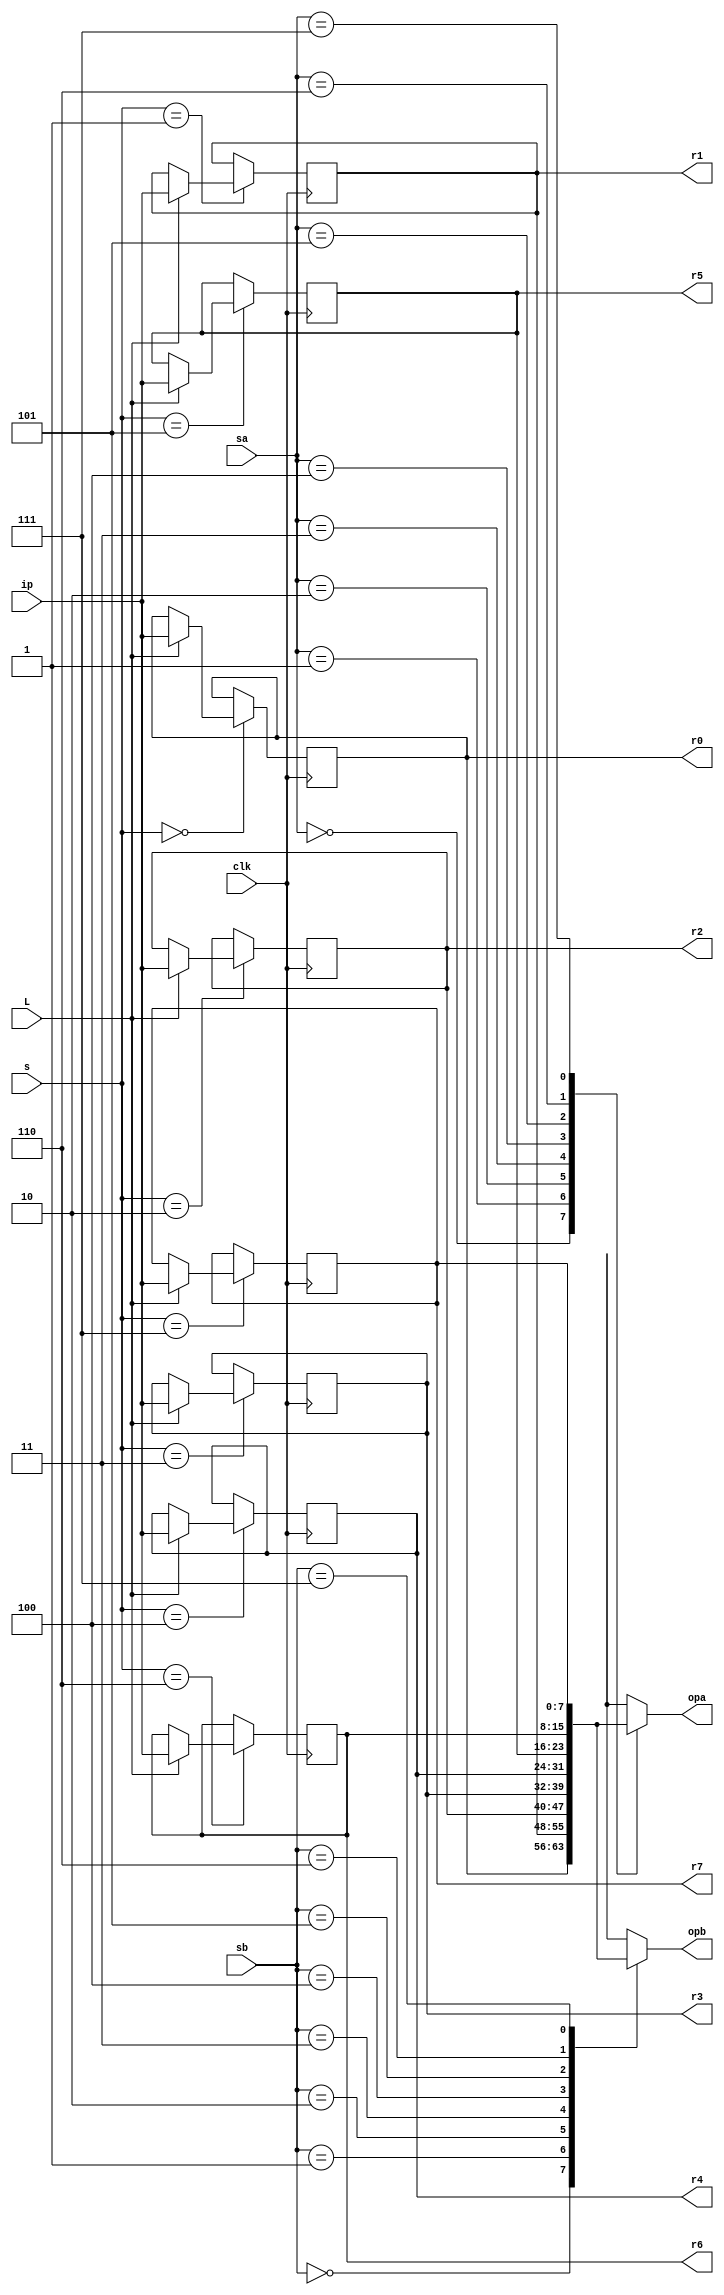
module registfile (ip,L,s,sa,sb,opa,opb,clk,r0,r1,r2,r3,r4,r5,r6,r7);
input L,clk;
input [2:0] s,sa,sb;
input [7:0] ip;
output [7:0] opa,opb;
output reg [7:0] r0,r1,r2,r3,r4,r5,r6,r7;
reg [7:0] opa,opb;
always@(posedge clk)begin
	case(s)
		3'b000:r0<=(L)?ip:r0;
		3'b001:r1<=(L)?ip:r1;
		3'b010:r2<=(L)?ip:r2;
		3'b011:r3<=(L)?ip:r3;
		3'b100:r4<=(L)?ip:r4;
		3'b101:r5<=(L)?ip:r5;
		3'b110:r6<=(L)?ip:r6;
		3'b111:r7<=(L)?ip:r7;
	endcase
end
always@(*)begin
	case(sa)
		3'b000:opa=r0;
		3'b001:opa=r1;
		3'b010:opa=r2;
		3'b011:opa=r3;
		3'b100:opa=r4;
		3'b101:opa=r5;
		3'b110:opa=r6;
		3'b111:opa=r7;
	endcase
	case(sb)
		3'b000:opb=r0;
		3'b001:opb=r1;
		3'b010:opb=r2;
		3'b011:opb=r3;
		3'b100:opb=r4;
		3'b101:opb=r5;
		3'b110:opb=r6;
		3'b111:opb=r7;
	endcase
end
endmodule